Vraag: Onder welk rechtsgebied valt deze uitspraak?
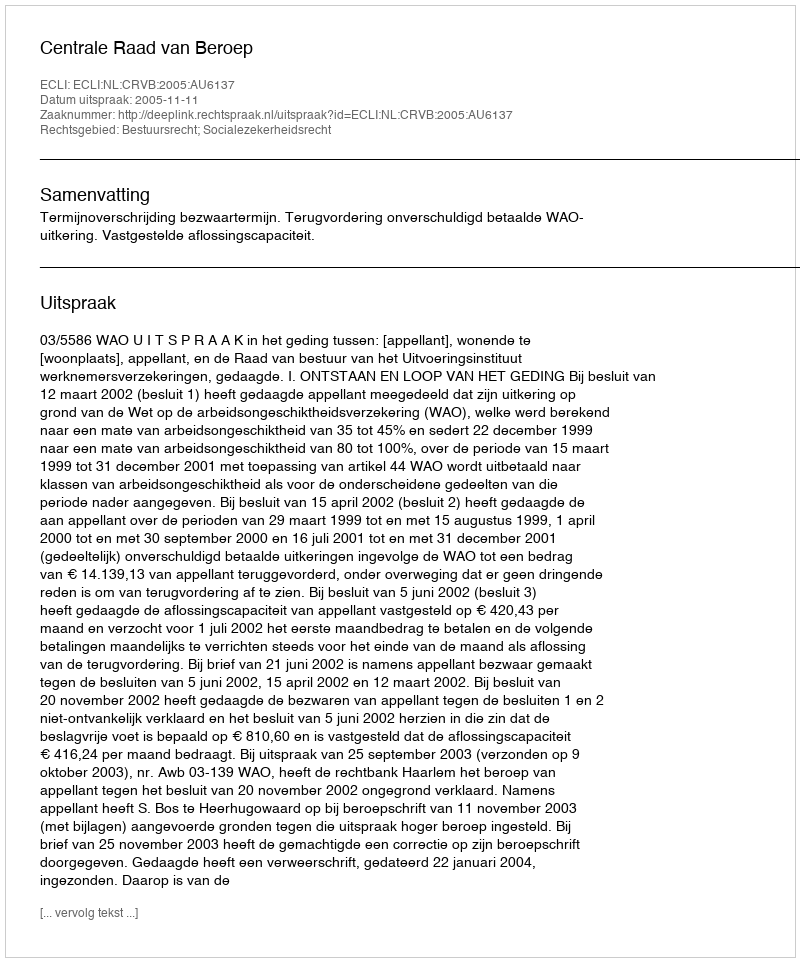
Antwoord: Bestuursrecht; Socialezekerheidsrecht